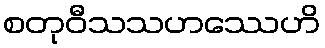
စတုဝီသသဟဿေဟိ